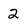
Character: 2